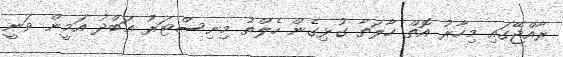
ރާއްޖޭގައި މިހާރު އޮތް ހާލަތާ ގުޅިގެން ހެލްތު މިނިސްޓަރު ޢަބްދު އަމީން ވަނީ